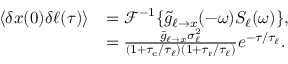
\begin{array} { r l } { \langle \delta x ( 0 ) \delta \ell ( \tau ) \rangle } & { = \mathcal { F } ^ { - 1 } \{ \tilde { g } _ { \ell \to x } ( - \omega ) S _ { \ell } ( \omega ) \} , } \\ & { = \frac { \bar { g } _ { \ell \to x } \sigma _ { \ell } ^ { 2 } } { ( 1 + { \tau _ { \mathrm { c } } } / \tau _ { \ell } ) ( 1 + { \tau _ { \mathrm { r } } } / \tau _ { \ell } ) } e ^ { - \tau / \tau _ { \ell } } . } \end{array}